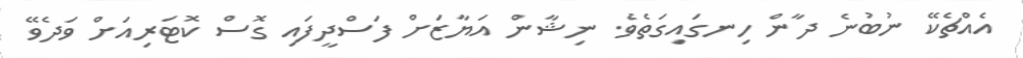
އެއްޗެކޭ ނުބުނެ ދާން ހިނގައިގަތެވެ. ނިޝާން އަޔާޒަށް ފަސްދީފައި ގޮސް ކޮޓަރިއަށް ވަދެވޭ